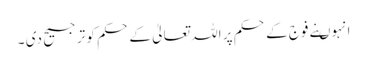
انہوںنے فوج کے حکم پر اللہ تعالیٰ کے حکم کو ترجیح دی ۔